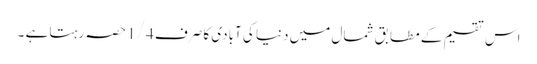
اس تقسیم کے مطابق شمال میں دنیا کی آبادی کا صرف 1/4 حصہ رہتا ہے ۔